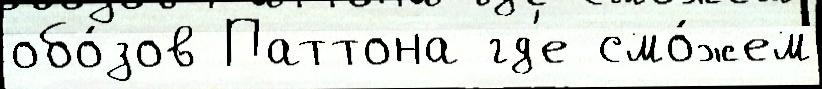
обо́зов Паттона гд'е смо́жем